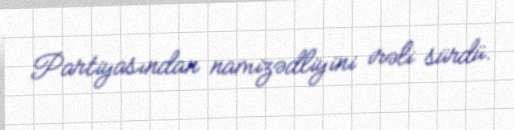
Partiyasından namizədliyini irəli sürdü.